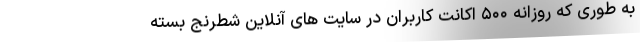
به طوری که روزانه ۵۰۰ اکانت کاربران در سایت های آنلاین شطرنج بسته